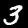
Digit: 3